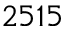
2 5 1 5